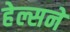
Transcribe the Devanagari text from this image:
हेल्सने